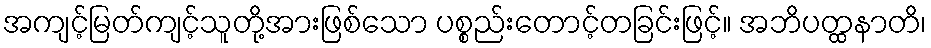
အကျင့်မြတ်ကျင့်သူတို့အားဖြစ်သော ပစ္စည်းတောင့်တခြင်းဖြင့်။ အဘိပတ္ထနာတိ၊